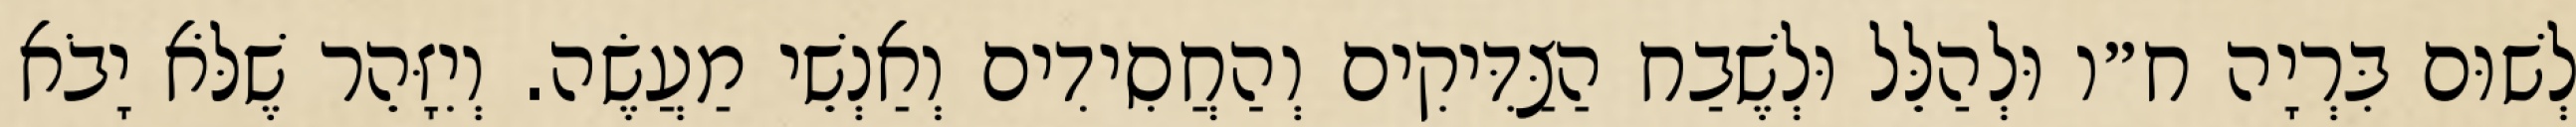
לְשׁוּם בִּרְיָה ח״ו וּלְהַלֵּל וּלְשֶׁבַח הַצַּדִּיקִים וְהַחֲסִידִים וְאַנְשֵׁי מַעֲשֶׂה. וְיִזָּהֵר שֶׁלֹּא יָבֹא